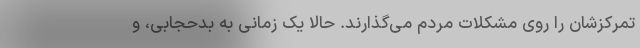
تمرکزشان را روی مشکلات مردم می‌گذارند. حالا یک زمانی به بدحجابی، و